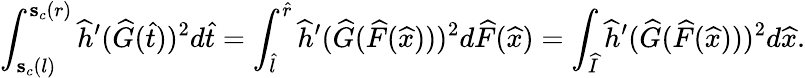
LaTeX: \int_{\mathbf{s}_{c}(l)}^{\mathbf{s}_{c}(r)}\widehat{h}^{\prime}(\widehat{G}(\widehat t))^{2}d\widehat t=\int_{\widehat{l}}^{\widehat{r}}\widehat{h}^{\prime}(\widehat{G}(\widehat{F}(\widehat{x})))^{2}d\widehat{F}(\widehat{x})=\int_{\widehat{I}}\widehat{h}^{\prime}(\widehat{G}(\widehat{F}(\widehat{x})))^{2}d\widehat{x}.